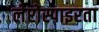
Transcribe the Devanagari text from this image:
लेप्टोस्पाइरता